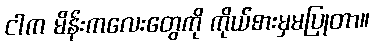
ငါက မိန်းကလေးတွေကို ကိုယ်စားမှမပြုတာ။